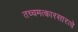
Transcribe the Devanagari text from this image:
तच्चमत्कारसारत्वे